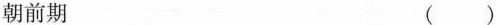
朝前期 ()